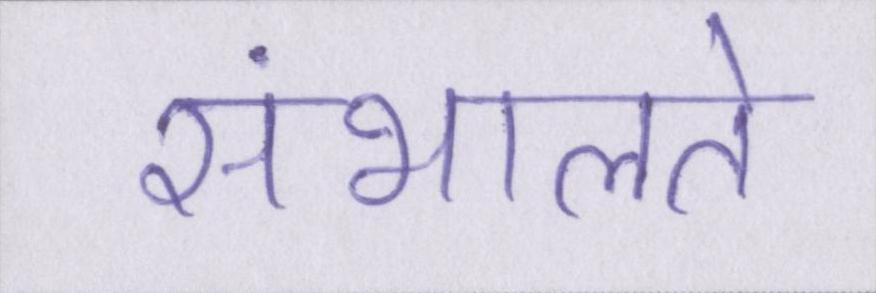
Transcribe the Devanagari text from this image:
संभालते